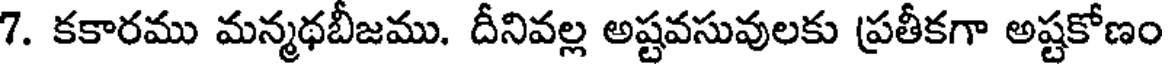
7. కకారము మన్మథబీజము. దీనివల్ల అష్టవసువులకు ప్రతీకగా అష్టకోణం